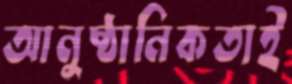
আনুষ্ঠানিকতাই